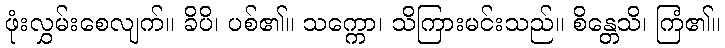
ဖုံးလွှမ်းစေလျက်။ ခိပိ၊ ပစ်၏။ သက္ကော၊ သိကြားမင်းသည်။ စိန္တေသိ၊ ကြံ၏။